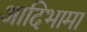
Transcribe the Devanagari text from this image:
आदिभामा